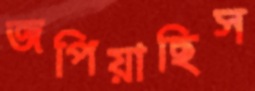
জপিয়াছিস